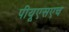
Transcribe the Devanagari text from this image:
पीयूएसएच